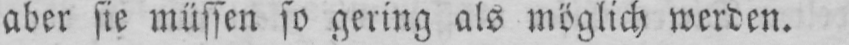
aber sie müssen so gering als möglich werden.